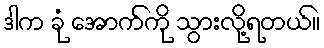
ဒါက ခုံ အောက်ကို သွားလို့ရတယ်။